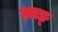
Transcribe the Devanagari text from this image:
आङ्‌